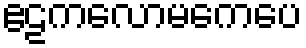
ဧဠကလောမကေပေ